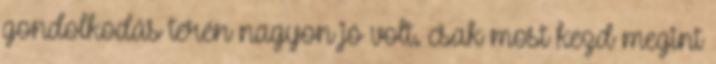
gondolkodás terén nagyon jó volt. csak most kezd megint